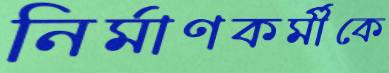
নির্মাণকর্মীকে